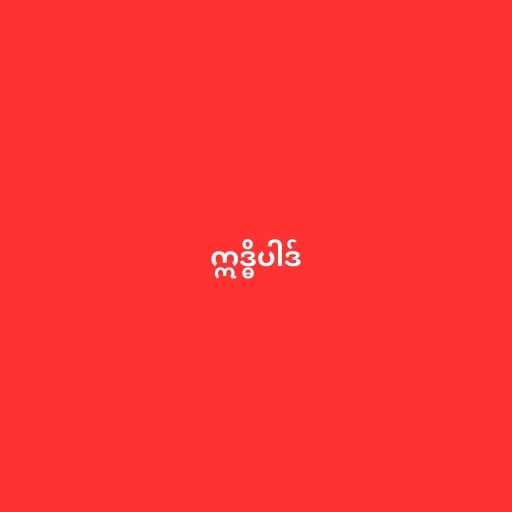
ဣဒ္ဓိပါဒ်